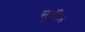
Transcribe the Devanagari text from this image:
सुबीज़